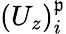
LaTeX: (U_{z})_{i}^{\mathfrak{p}}